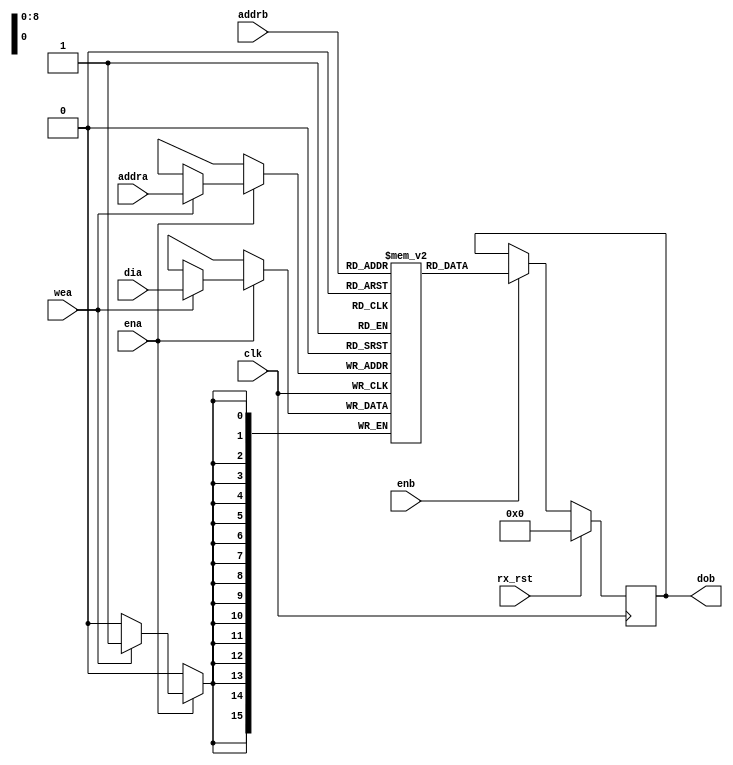
// Simple Dual-Port Block RAM with One Clock

/**
 * GENERAL DESCRIPTION:
 *
 * -16 bit by 512 line RAM
 *
 *
 * CONSTRAINTS:
 *
 *
 */

module rx_BRAM_16_510_filtered_samples (clk, rx_rst,ena,enb,wea,addra,addrb,dia,dob);

  input                clk   ;  //clock
  input                rx_rst;  //reset
  input                ena   ;  //enable
  input                enb   ;  //enable read
  input                wea   ;  //write enable
  input          [8:0] addra ;  //write address
  input          [8:0] addrb ;  //read addr
  input  signed [15:0] dia   ;  //data in
  output signed [15:0] dob   ;  //data out

  reg signed [15:0] ram [511:0];
  reg signed [15:0] doa        ;
  reg signed [15:0] dob        ;

  integer i;


  //set initial value of memories to zero
  initial begin
    for (i = 0; i < 512; i = i + 1) begin
      ram[i] = 0;
    end
  end

  always @(posedge clk) begin
   if (ena) begin
      if (wea)
          ram[addra] <= dia;
   end
  end

  always @(posedge clk) begin
    if (rx_rst) begin
      dob <= 0;
    end else begin
      if (enb) begin
        dob <= ram[addrb];
      end
    end
  end

endmodule